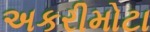
અકરીમોટા